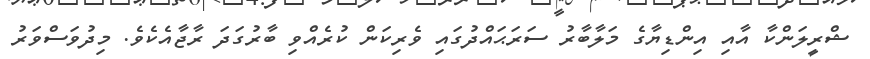
ޝްރީލަންކާ އާއި އިންޑިޔާގެ މަލާބާރު ސަރަޙައްދުގައި ވެރިކަން ކުރެއްވި ބާރުގަދަ ރާޖާއެކެވެ. މިދުވަސްވަރު